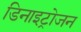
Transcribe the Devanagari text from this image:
डिनाइट्रोजन